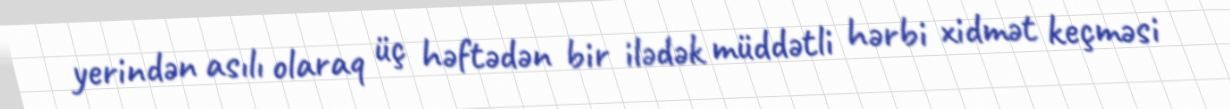
yerindən asılı olaraq üç həftədən bir ilədək müddətli hərbi xidmət keçməsi